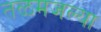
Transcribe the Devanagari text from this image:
तळमजल्या